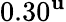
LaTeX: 0.30^{\mathbf{u}}